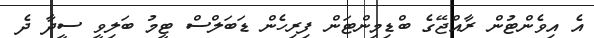
އެ އިވެންޓުން ރާއްޖޭގެ ބްޑިމިންޓަން ފިރިހެން ޑަބަލްސް ޓީމު ބަލިވީ ސީދާ ދެ